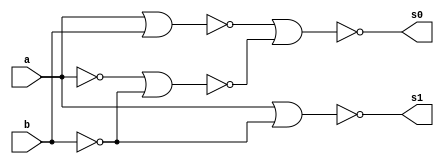
// ---------------------
// Nome: Silvino Henrique Santos de Souza
// ---------------------

// ---------------------
// -- meia diferenca
// ---------------------

module meiadiferenca (s0, s1, a, b);
 output s0, s1;
 input  a, b;
 wire s2,s3,s4,s5,s6;
 
 nor norgate1 (s2, a, a);
 nor norgate2 (s3, b, b);
 nor norgate3 (s4, s2, s3);
 nor norgate4 (s5, a, b);
 nor norgate5 (s0, s5, s4);
 nor norgate6 (s6, s2, s2);
 nor norgate7 (s1, s6, s3);
 
 endmodule //meiadiferenca

// --------------------------
// -- teste meia diferenca nor
// --------------------------

module testmeiadiferenca;
 reg   a, b;             
 wire  s0, s1;
          // instancia
 meiadiferenca MEIADIFERENCA1 (s0, s1, a, b);

 initial begin:start
      a=0; b=0;
 end

          // parte principal
 initial begin:main
      $display("Guia 03_05 - Silvino Henrique Santos de Souza - 412773");
      $display("Test Meia Diferenca NOR gate");
      $display("\n a | b = s0 s1\n");
      $monitor(" %b | %b = %b %b", a, b, s0, s1);
  #1  a=0; b=1; 
  #1  a=1; b=0; 
  #1  a=1; b=1; 
  
 end

endmodule // testmeiadiferenca

/*Guia 03_05 - Silvino Henrique Santos de Souza - 412773
    Test Meia Diferenca NOR gate
    
     a | b = s0 s1
    
     0 | 0 = 0 0
     0 | 1 = 1 1
     1 | 0 = 1 0
     1 | 1 = 0 0*/